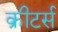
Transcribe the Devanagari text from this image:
क्रीटर्स